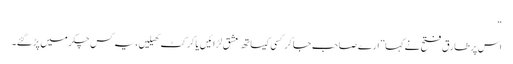
“
اس پر طارق فتح نے کہا ”ارے صاحب جا کر کسی کیساتھ عشق لڑائیں یا کرکٹ کھیلیں، یہ کس چکر میں پڑ گئے۔